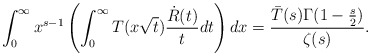
\begin{align*}\int_{0}^{\infty}x^{s-1}\left(\int_{0}^{\infty}T(x\sqrt{t})\frac{\dot{R}(t)}{t}dt\right)dx=\frac{\bar{T}(s)\Gamma(1-\frac{s}{2})}{\zeta(s)}.\end{align*}